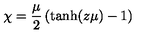
\chi = { \frac { \mu } { 2 } } \left( \mathrm { t a n h } ( z \mu ) - 1 \right)